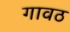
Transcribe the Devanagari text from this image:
गावठ